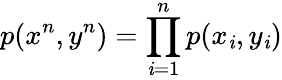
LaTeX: p(x^{n},y^{n})=\prod_{\mathit{i}=1}^{n}p(x_{\mathit{i}},y_{\mathit{i}})